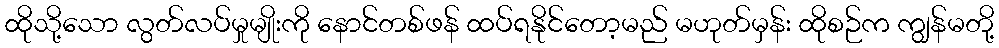
ထိုသို့သော လွတ်လပ်မှုမျိုးကို နောင်တစ်ဖန် ထပ်ရနိုင်တော့မည် မဟုတ်မှန်း ထိုစဉ်က ကျွန်မတို့